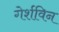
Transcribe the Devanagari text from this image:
गेर्शविन